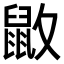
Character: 𪔻